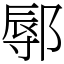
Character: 鄏